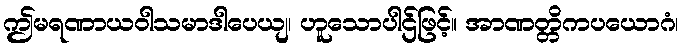
ဤမရဏာယဝါသမာဒါပေယျ၊ ဟူသောပါဌ်ဖြင့်။ အာဏတ္တိကပယောဂံ၊